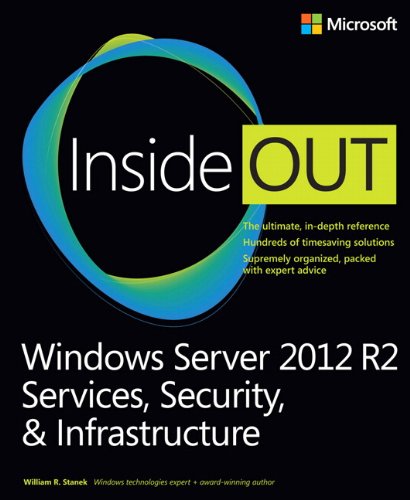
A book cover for Windows Server 2012 R2 Inside Out Volume 2: Services, Security, & Infrastructure; William Stanek; Computers & Technology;